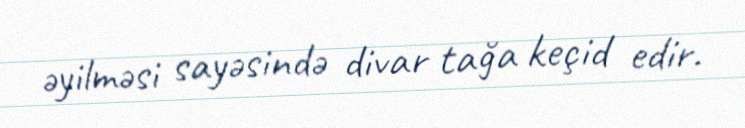
əyilməsi sayəsində divar tağa keçid edir.